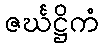
ဇင်္ဃဋ္ဌိကံ